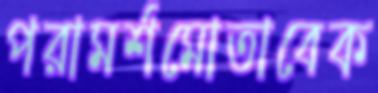
পরামর্শমোতাবেক